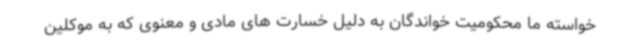
خواسته ما محکومیت خواندگان به دلیل خسارت های مادی و معنوی که به موکلین